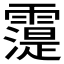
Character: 𲊈